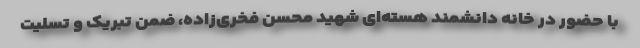
با حضور در خانه دانشمند هسته‌ای شهید محسن فخری‌زاده، ضمن تبریک و تسلیت